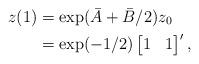
LaTeX: \begin{align*} z(1)&=\exp( \bar{A}+\bar{B}/2) z_0\\ &=\exp(-1/2)\begin{bmatrix} 1 & 1 \end{bmatrix}',\end{align*}